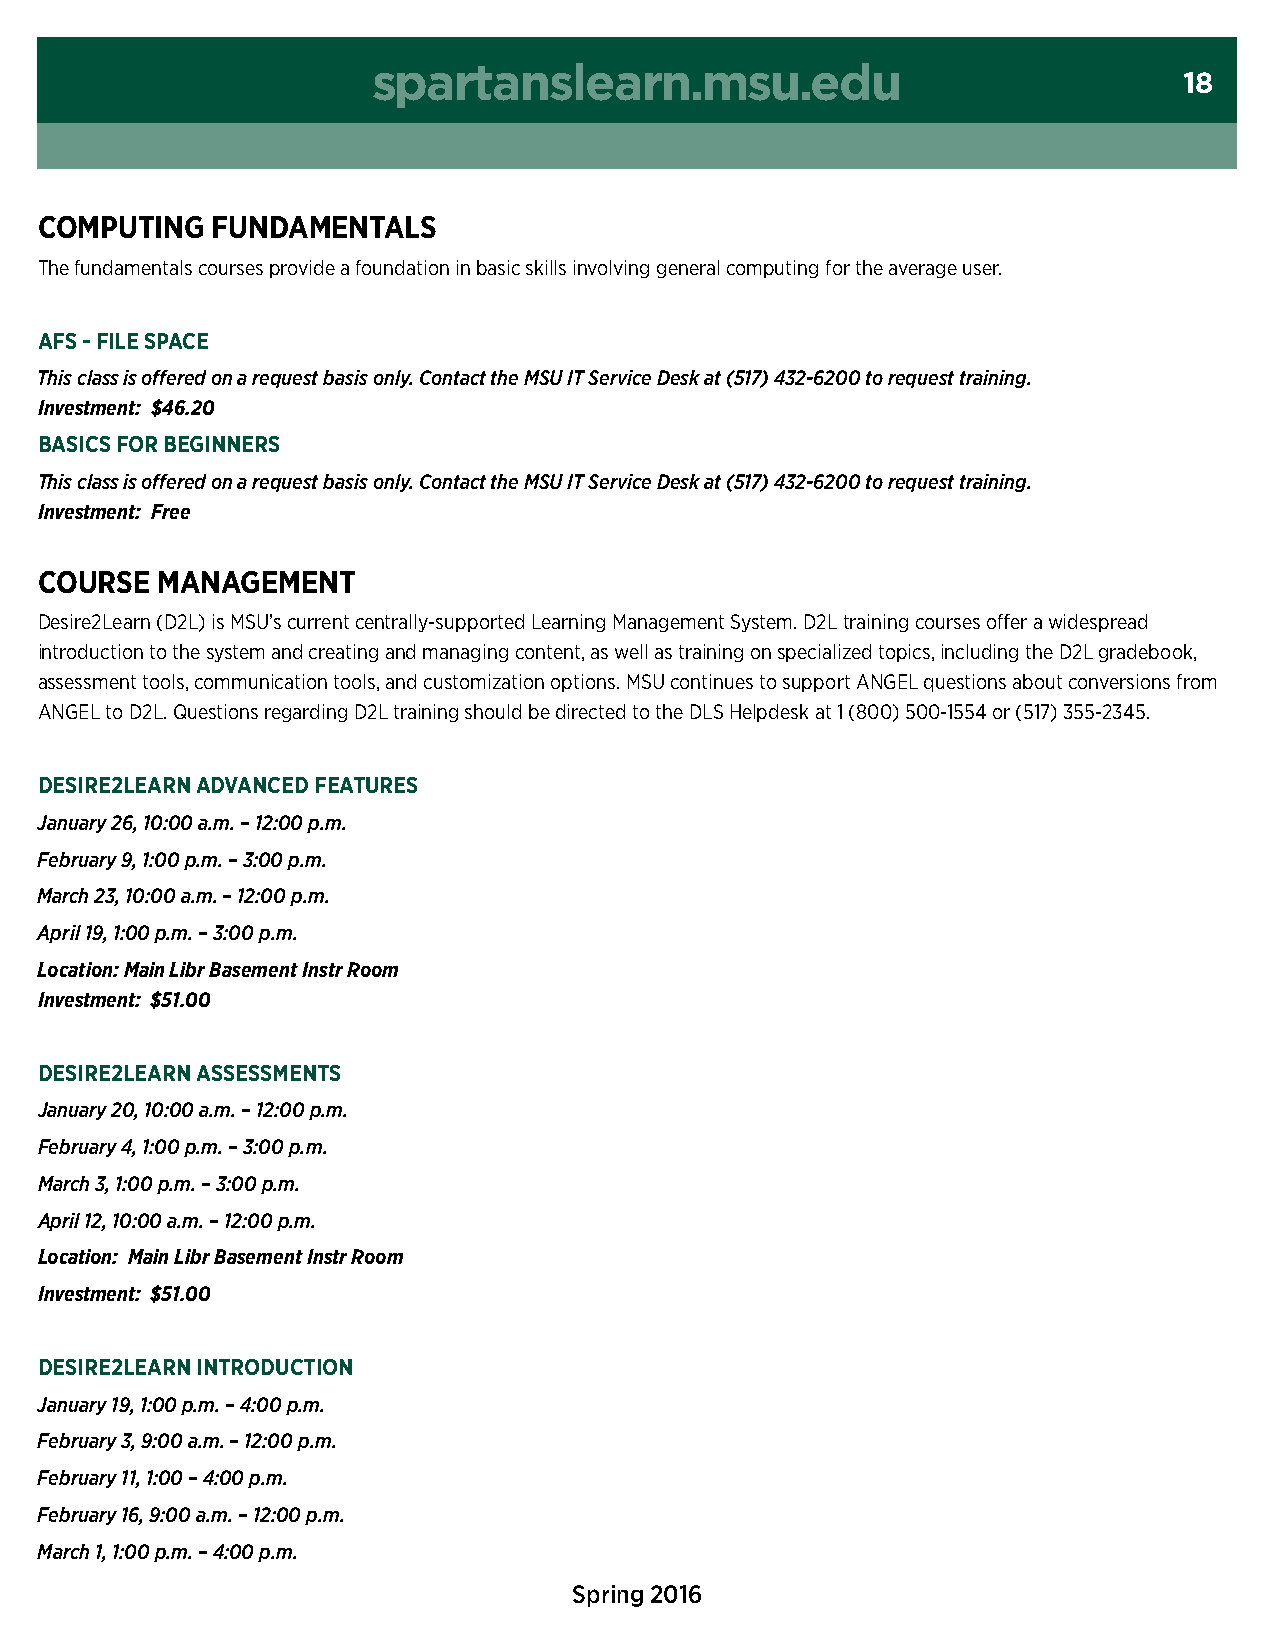
spartanslearn.msu.edu
 18
 cOMPUting   FUndaMentals
 the fundamentals courses provide a foundation in basic skills involving general computing for the average user.
 aFs - File sPace
 This class is offered on a request basis only. Contact the MSU IT Service Desk at (517) 432-6200 to request training.
 Investment: $46.20
 Basics FOr Beginners
 This class is offered on a request basis only. Contact the MSU IT Service Desk at (517) 432-6200 to request training.
 Investment: Free
 cOUrse  ManageMent
 Desire2Learn (D2L) is MSU’s current centrally-supported Learning Management System. D2L training courses offer a widespread
 introduction to the system and creating and managing content, as well as training on specialized topics, including the D2L gradebook,
 assessment tools, communication tools, and customization options. msu continues to support AnGeL questions about conversions from
 AnGeL to D2L. Questions regarding D2L training should be directed to the DLs Helpdesk at 1 (800) 500-1554 or (517) 355-2345.
 desire2learn advanced FeatUres
 January 26, 10:00 a.m. – 12:00 p.m.
 February 9, 1:00 p.m. – 3:00 p.m.
 March 23, 10:00 a.m. – 12:00 p.m.
 April 19, 1:00 p.m. – 3:00 p.m.
 Location: Main Libr Basement Instr Room
 Investment: $51.00
 desire2learn assessMents
 January 20, 10:00 a.m. – 12:00 p.m.
 February 4, 1:00 p.m. – 3:00 p.m.
 March 3, 1:00 p.m. – 3:00 p.m.
 April 12, 10:00 a.m. – 12:00 p.m.
 Location: Main Libr Basement Instr Room
 Investment: $51.00
 desire2learn intrOdUctiOn
 January 19, 1:00 p.m. – 4:00 p.m.
 February 3, 9:00 a.m. – 12:00 p.m.
 February 11, 1:00 – 4:00 p.m.
 February 16, 9:00 a.m. – 12:00 p.m.
 March 1, 1:00 p.m. – 4:00 p.m.
 Spring 2016